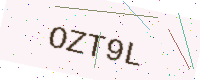
Text: OZT9L